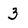
Character: 3